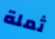
ثملة